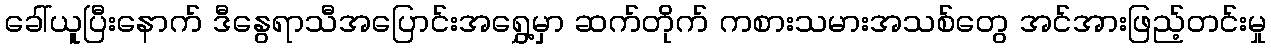
ခေါ်ယူပြီးနောက် ဒီနွေရာသီအပြောင်းအရွှေ့မှာ ဆက်တိုက် ကစားသမားအသစ်တွေ အင်အားဖြည့်တင်းမှု